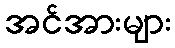
အင်အားများ